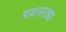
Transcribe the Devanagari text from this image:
पथनाट्या